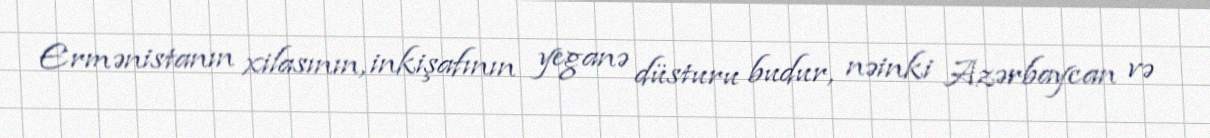
Ermənistanın xilasının, inkişafının yeganə düsturu budur, nəinki Azərbaycan və